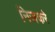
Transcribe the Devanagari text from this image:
निजकरे